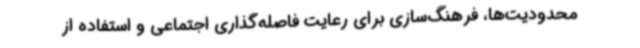
محدودیت‌ها، فرهنگ‌سازی برای رعایت فاصله‌گذاری اجتماعی و استفاده از